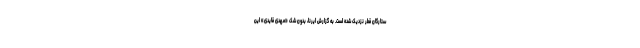
ستارگان قطر نزدیک شده است. به گزارش ایرنا، بدون شک «مهدی قایدی» این